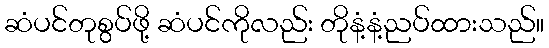
ဆံပင်တုစွပ်ဖို့ ဆံပင်ကိုလည်း တိုနံ့နံ့ညပ်ထားသည်။